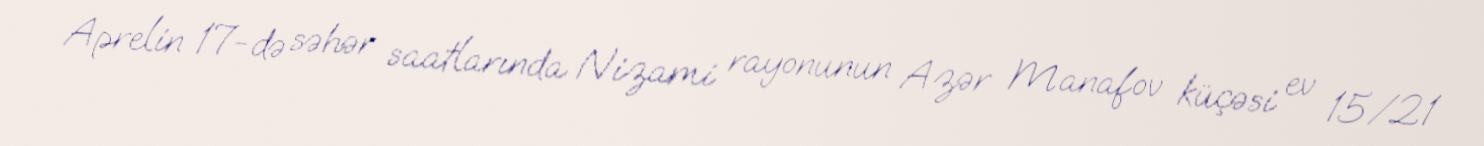
Aprelin 17-də səhər saatlarında Nizami rayonunun Azər Manafov küçəsi ev 15/21